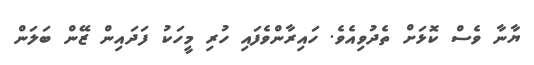
ޔާނާ ވެސް ކޮޅަށް ތެދުވިއެވެ. ހައިރާންވެފައި ހުރި މީހަކު ފަދައިން ޒޭން ބަލަން